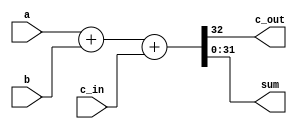
`timescale 1ns / 1ps
//////////////////////////////////////////////////////////////////////////////////
// Company: 
// Engineer: 
// 
// Design Name: 
// Module Name: Verification_32bits
// Project Name: 
// Target Devices: 
// Tool Versions: 
// Description: 
// 
// Dependencies: 
// 
// Revision:
// Revision 0.01 - File Created
// Additional Comments:
// 
//////////////////////////////////////////////////////////////////////////////////


module Verification_32bits(
input [31:0] a,
input [31:0] b,
input c_in,
output c_out,
output [31:0] sum
);

assign {c_out, sum} = a + b + c_in;

    
endmodule